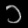
Digit: ၁